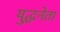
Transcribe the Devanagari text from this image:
युद्धनेता